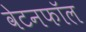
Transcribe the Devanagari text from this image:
वेटनफॉल